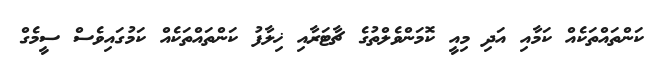
ކަންތައްތަކެއް ކަމާއި އަދި މިއީ ކޮމަންވެލްތުގެ ޗާޓަރާއި ޚިލާފު ކަންތައްތަކެއް ކަމުގައިވެސް ސީމެގް